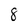
Character: 8